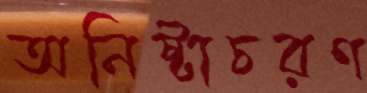
অনিষ্টাচরণ